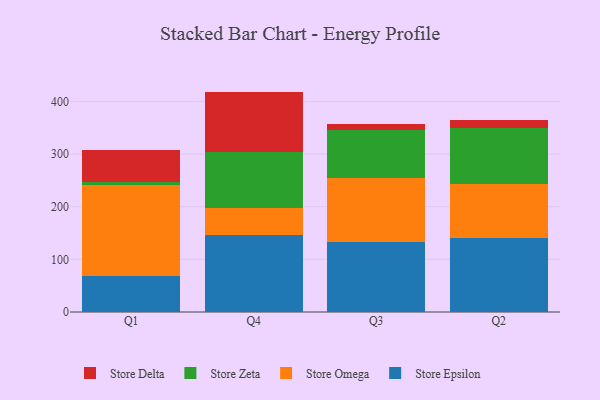
{"axis": {"x": "Quarter", "y": "Population (Million)"}, "legend": ["Store Delta", "Store Epsilon", "Store Omega", "Store Zeta"], "data": [{"x": "Q1", "y": 68.7, "type": "Store Epsilon"}, {"x": "Q1", "y": 172.3, "type": "Store Omega"}, {"x": "Q1", "y": 6.8, "type": "Store Zeta"}, {"x": "Q1", "y": 59.4, "type": "Store Delta"}, {"x": "Q4", "y": 145.5, "type": "Store Epsilon"}, {"x": "Q4", "y": 52.1, "type": "Store Omega"}, {"x": "Q4", "y": 105.9, "type": "Store Zeta"}, {"x": "Q4", "y": 115.1, "type": "Store Delta"}, {"x": "Q3", "y": 133.6, "type": "Store Epsilon"}, {"x": "Q3", "y": 121.4, "type": "Store Omega"}, {"x": "Q3", "y": 90.3, "type": "Store Zeta"}, {"x": "Q3", "y": 11.8, "type": "Store Delta"}, {"x": "Q2", "y": 141.0, "type": "Store Epsilon"}, {"x": "Q2", "y": 102.3, "type": "Store Omega"}, {"x": "Q2", "y": 105.9, "type": "Store Zeta"}, {"x": "Q2", "y": 15.1, "type": "Store Delta"}]}